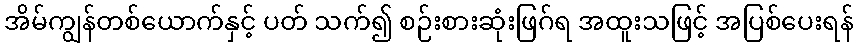
အိမ်ကျွန်တစ်ယောက်နှင့် ပတ် သက်၍ စဉ်းစားဆုံးဖြဂ်ရ အထူးသဖြင့် အပြစ်ပေးရန်